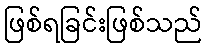
ဖြစ်ရခြင်းဖြစ်သည်